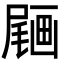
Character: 𡳒